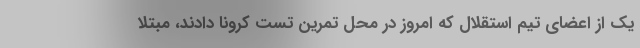
یک از اعضای تیم استقلال که امروز در محل تمرین تست کرونا دادند، مبتلا